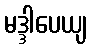
မဒ္ဒါပေယျ